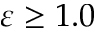
\varepsilon \ge 1 . 0